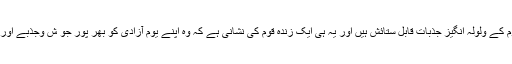
اس یوم آزادی کے موقع پر قوم کے ولولہ انگیز جذبات قابل ستائش ہیں اور یہ ہی ایک زندہ قوم کی نشانی ہے کہ وہ اپنے یوم آزادی کو بھر پور جو ش وجذبے اور ولولہ انگیزی سے مناتی ہے۔